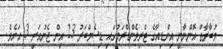
މުބާރާތް އޮންނާނީ އިންޑިއާގެ ޓްރިވެންޑްރަމުގައި ޑިސެމްބަރު 23 އިން ޖެނުއަރީ 3 އަށެވެ.